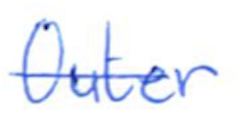
Text: Outer
Cross-out: single-line
Writing tool: ballpoint